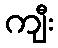
ကျီး